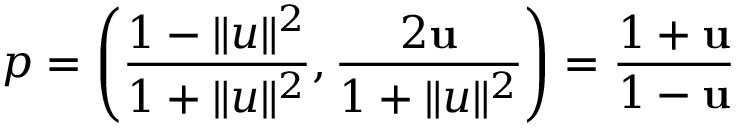
p = \left( { \frac { 1 - \| u \| ^ { 2 } } { 1 + \| u \| ^ { 2 } } } , { \frac { 2 \mathbf { u } } { 1 + \| u \| ^ { 2 } } } \right) = { \frac { 1 + \mathbf { u } } { 1 - \mathbf { u } } }